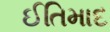
ઈતિમાદ